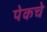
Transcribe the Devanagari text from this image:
पेकचे